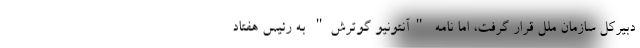
دبیرکل سازمان ملل قرار گرفت، اما نامه "آنتونیو گوترش" به رئیس هفتاد